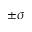
\pm \sigma